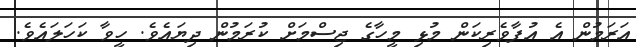
އަރަމުން އެ އުފާވެރިކަން މުޅި މީހާގެ ޖިސްމަށް ކުރަމުން ދިޔައެވެ. ހީވާ ކަހަލައެވެ.